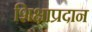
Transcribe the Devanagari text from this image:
शिक्षाप्रदान